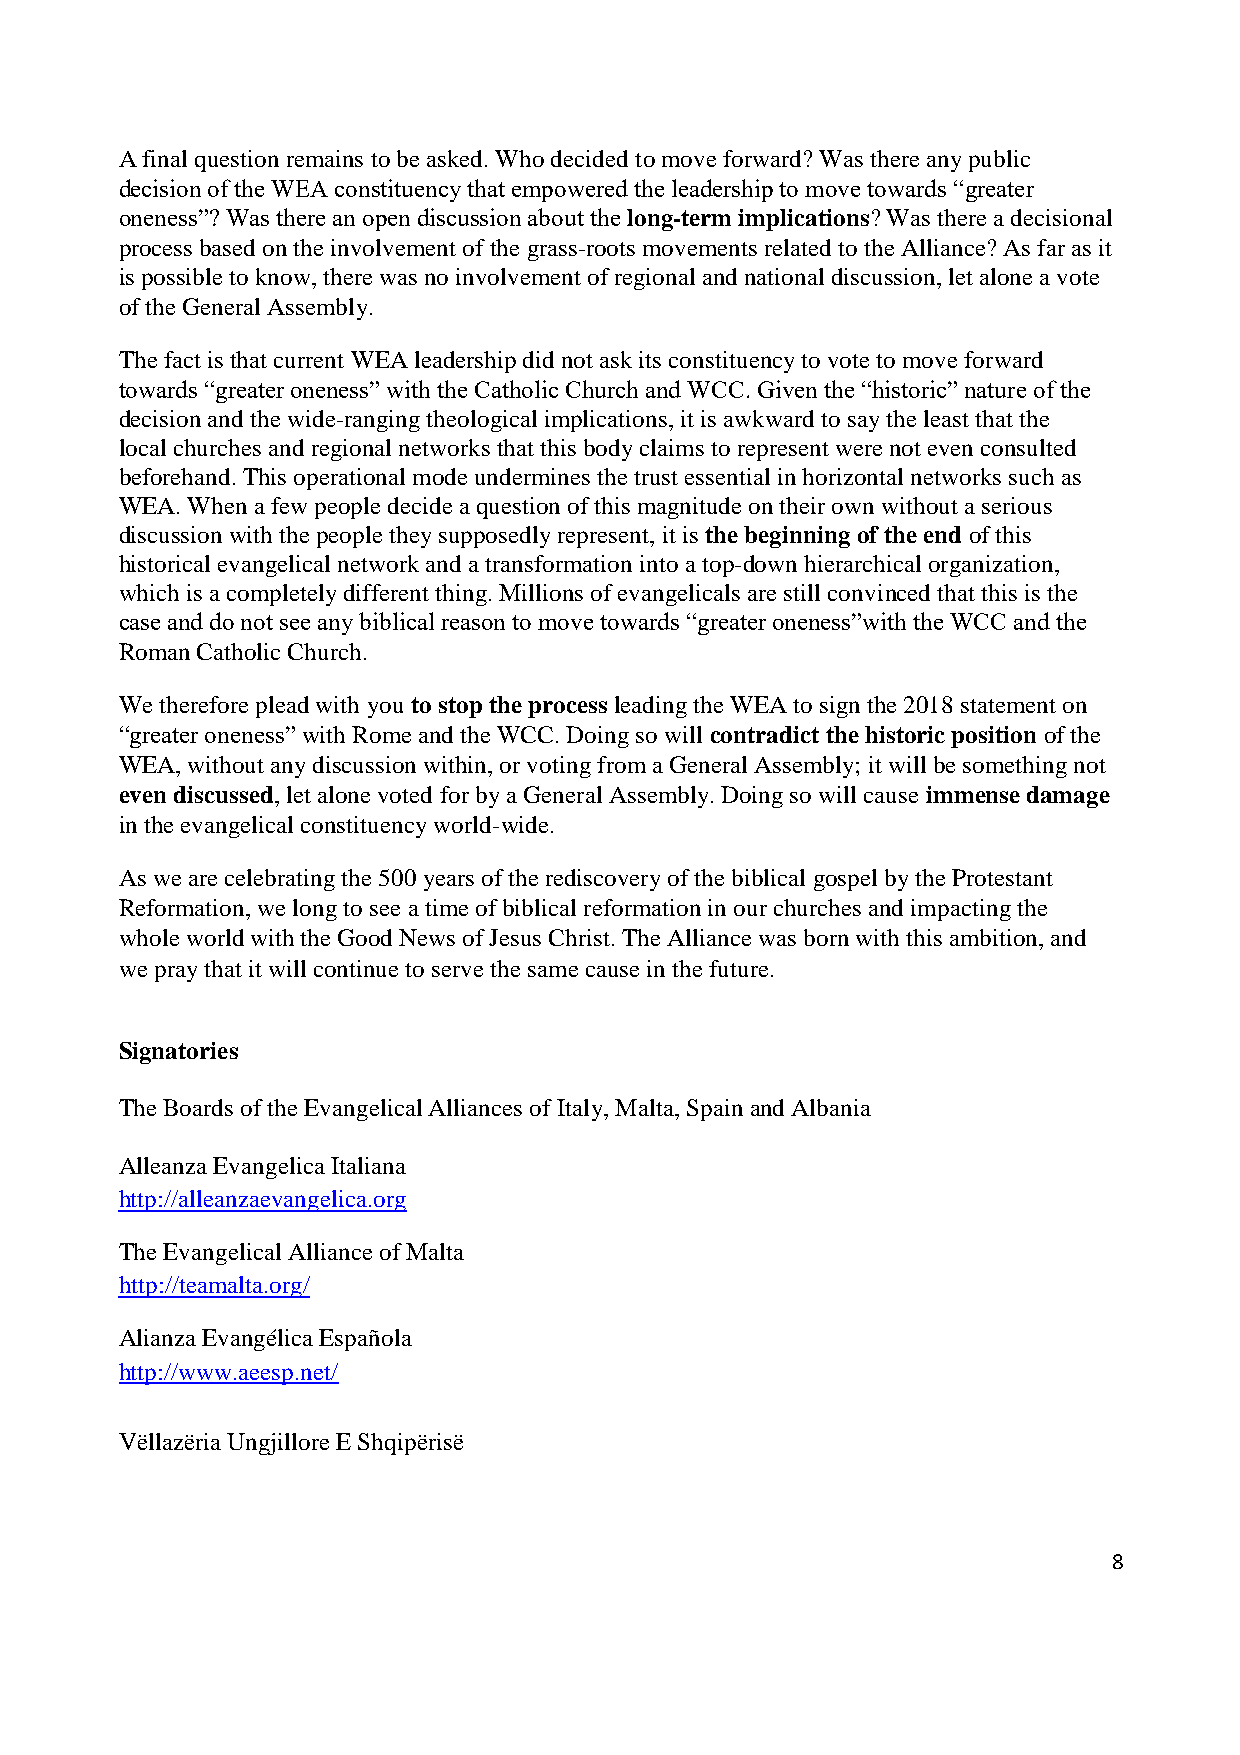
A final question remains to be asked. Who decided to move forward? Was there any public
 decision of the WEA constituency that empowered the leadership to move towards “greater
 oneness”? Was there an open discussion about the long-term implications? Was there a decisional
 process based on the involvement of the grass-roots movements related to the Alliance? As far as it
 is possible to know, there was no involvement of regional and national discussion, let alone a vote
 of the General Assembly.
 The fact is that current WEA leadership did not ask its constituency to vote to move forward
 towards “greater oneness” with the Catholic Church and WCC. Given the “historic” nature of the
 decision and the wide-ranging theological implications, it is awkward to say the least that the
 local churches and regional networks that this body claims to represent were not even consulted
 beforehand. This operational mode undermines the trust essential in horizontal networks such as
 WEA. When a few people decide a question of this magnitude on their own without a serious
 discussion with the people they supposedly represent, it is the beginning of the end of this
 historical evangelical network and a transformation into a top-down hierarchical organization,
 which is a completely different thing. Millions of evangelicals are still convinced that this is the
 case and do not see any biblical reason to move towards “greater oneness”with the WCC and the
 Roman Catholic Church.
 We therefore plead with you to stop the process leading the WEA to sign the 2018 statement on
 “greater oneness” with Rome and the WCC. Doing so will contradict the historic position of the
 WEA, without any discussion within, or voting from a General Assembly; it will be something not
 even discussed, let alone voted for by a General Assembly. Doing so will cause immense damage
 in the evangelical constituency world-wide.
 As we are celebrating the 500 years of the rediscovery of the biblical gospel by the Protestant
 Reformation, we long to see a time of biblical reformation in our churches and impacting the
 whole world with the Good News of Jesus Christ. The Alliance was born with this ambition, and
 we pray that it will continue to serve the same cause in the future.
 Signatories
 The Boards of the Evangelical Alliances of Italy, Malta, Spain and Albania
 Alleanza Evangelica Italiana
 http://alleanzaevangelica.org
 The Evangelical Alliance of Malta
 http://teamalta.org/
 Alianza Evangélica Española
 http://www.aeesp.net/
 Vëllazëria Ungjillore E Shqipërisë
 8